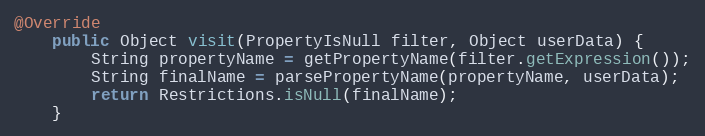
Language: Java
@Override
	public Object visit(PropertyIsNull filter, Object userData) {
		String propertyName = getPropertyName(filter.getExpression());
		String finalName = parsePropertyName(propertyName, userData);
		return Restrictions.isNull(finalName);
	}